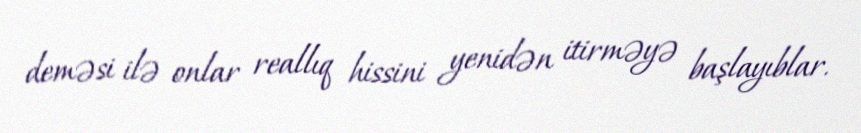
deməsi ilə onlar reallıq hissini yenidən itirməyə başlayıblar.